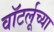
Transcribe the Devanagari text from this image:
वॉटर्लूच्या